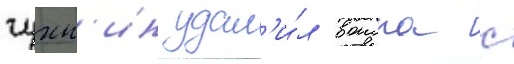
чухн'ин удал'и́л воиска с